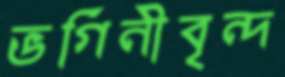
ভগিনীবৃন্দ